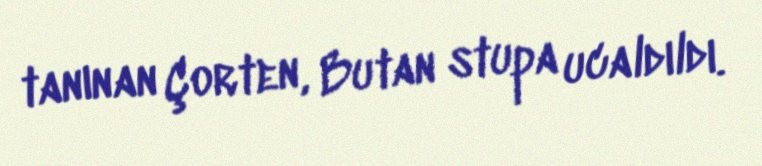
tanınan Çorten, Butan stupa ucaldıldı.